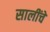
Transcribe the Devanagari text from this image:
सालींचे